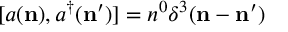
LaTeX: \lbrack a ( { \bf n } ) , a ^ { \dagger } ( { \bf n } ^ { \prime } ) ] = n ^ { 0 } \delta ^ { 3 } ( { \bf n } - { \bf n } ^ { \prime } )